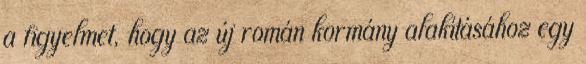
a figyelmet, hogy az új román kormány alakításához egy